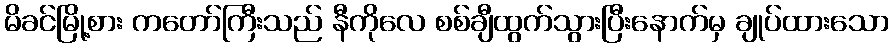
မိခင်မြို့စား ကတော်ကြီးသည် နီကိုလေ စစ်ချီထွက်သွားပြီးနောက်မှ ချုပ်ထားသော